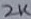
Text: 2K